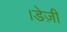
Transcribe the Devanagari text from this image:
।डेज़ी